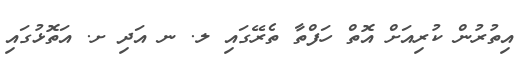
އިތުރުން ކުރިއަށް އޮތް ހަފްތާ ތެރޭގައި ލ. ނ އަދި ށ. އަތޮޅުގައި